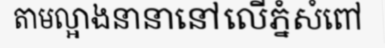
តាមល្អាងនានានៅលើភ្នំសំពៅ